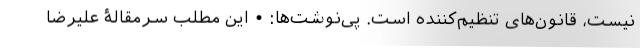
نیست، قانون‌های تنظیم‌کننده است. پی‌نوشت‌ها: • این مطلب سرمقالۀ علیرضا